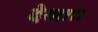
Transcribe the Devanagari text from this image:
देखा।।